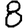
Digit: 8